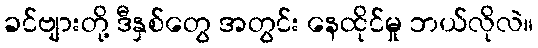
ခင်ဗျားတို့ ဒီနှစ်တွေ အတွင်း နေထိုင်မှု ဘယ်လိုလဲ။